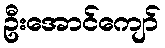
ဦးအောင်ကျော်